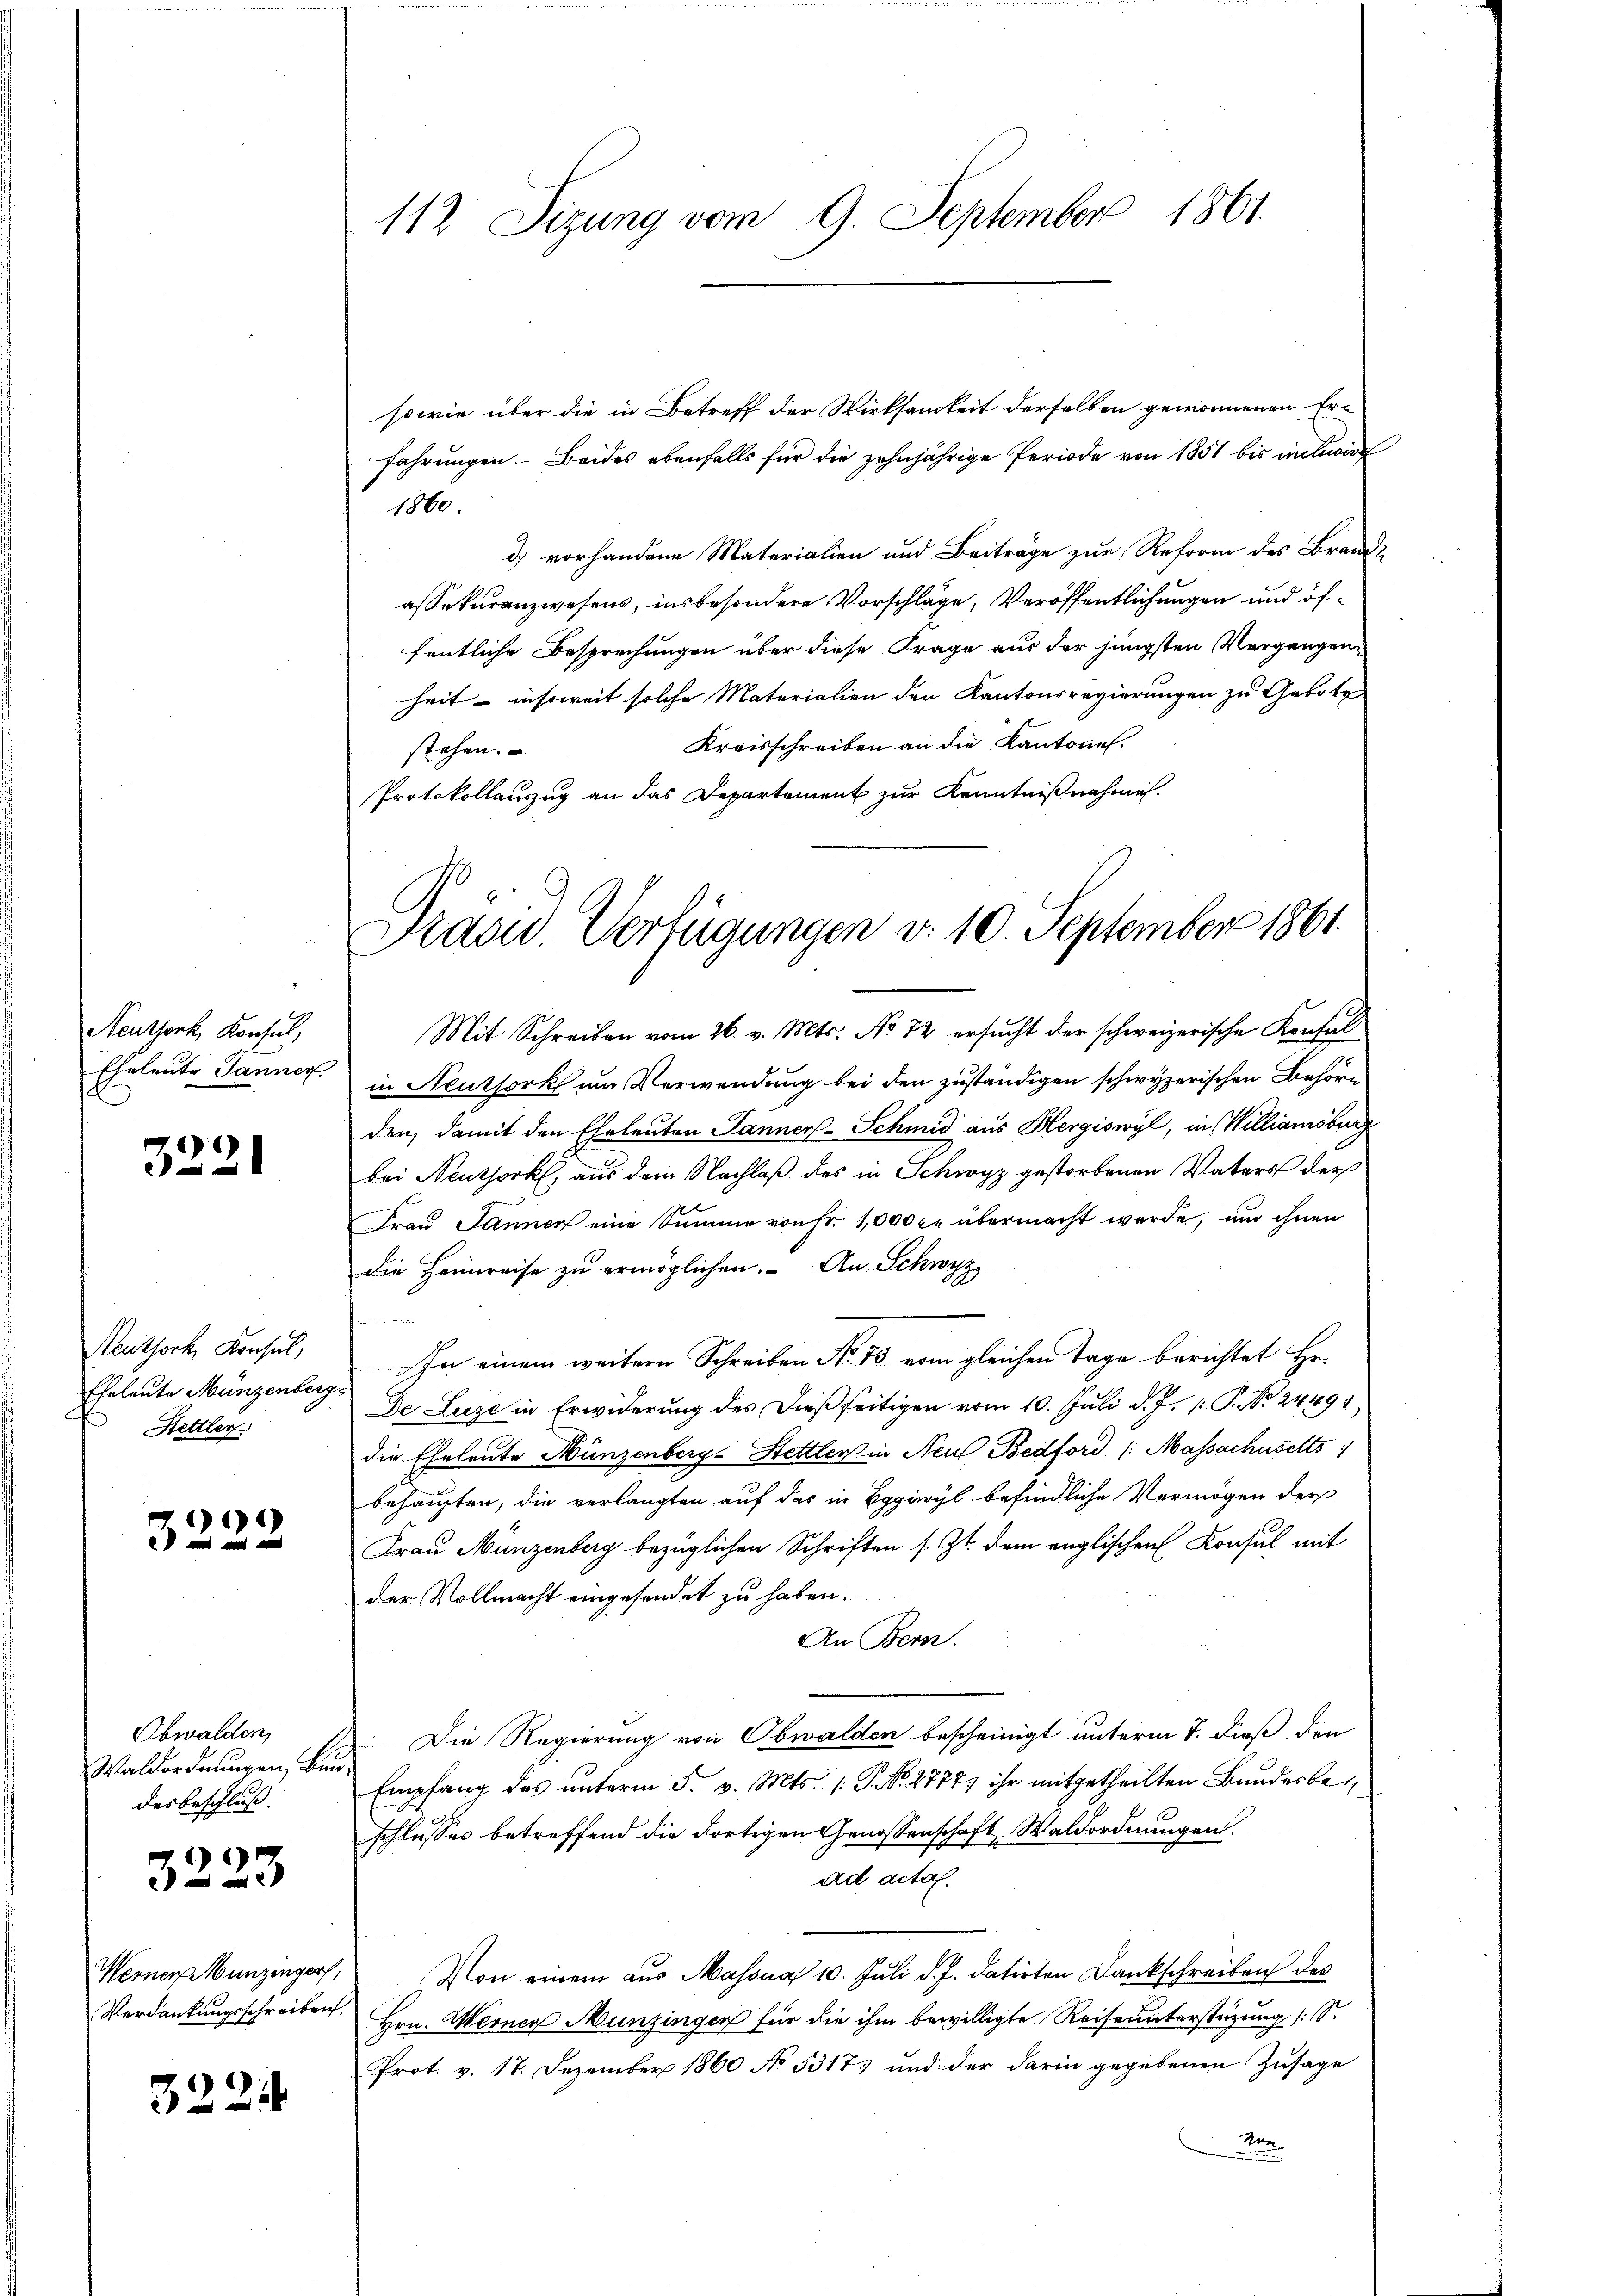
Neuthork, Konsul,
Eheleute Jänner

3221

Neuthork, Konsul,
Eheleute Münzenberg
Hettler

3222

Obwalden,
Waldordnungen, Bundas Beschluss. |

3223

sowie über die in Betreff der Wirksamkeit derselben gewonnenen Er-
fahrungen. Beides ebenfalls für die zehnjährige Periode von 1851 bis inchwir
1860.
d) vorhandene Materialien und Beiträge zur Reform des Brand
assekuranzwesens, insbesondere Vorschläge, Veröffentlichungen und öffentliche Besprechungen über diese Frage aus der jüngsten Vergangen
heit - insoweit solche Materialien den Kantonsregierungen zu Gebote
Kreisschreiben an die Kantone.
stehen.
Protokollauszug an das Departement zur Kenntnißnahmen.

Werner unzengers,
Verdankungsschreiben.

3221

112 Sizung vom 9. September 1861.

Präsid Verfügungen d. 10. September 1861.

Mit Schreiben vom 26. v. Mts. No 72 ersucht der schweizerische Konful
in Neuthork um Verwendung bei den zuständigen schwyzerischen Behöre
den, damit den Eheleuten Jänner-Schmid aus Hergiswyl, in Williamsburg
bei Neuthork, aus dem Nachlaß des in Schwyz gestorbenen Vaters der
Frau Jannen eine Summe von Fr. 1000 c. übermacht werde, um ihnen
die Heimreise zu ermöglichen. An Schwyz.
In einem weitern Schreiben No 73 vom gleichen Tage berichtet Hr.
De Luze in Erwiderung des dießseitigen vom 10. Juli d. J. 1: P. No 2449
die Eheleute Münzenberg-Hettler in Neus Bedford /: Massachusetts
behaupten, die verlangten auf das in Eggiwyl befindliche Vermögen der
Frau Münzenberg bezüglichen Schriften s. Zt. dem englischen Konsul mit
der Vollmacht eingesendet zu haben.
An Bern.
Die Regierung von Obwalden bescheinigt unterm 7. dieß, den
Empfang des unterm 5. v. Mts. (T. No. 2777) ihr mitgetheilten Bundesbeschlusses betreffend die dortigen Genossenschaft, Waldordnungen.
ad acta.
Von einem aus. Massna 10. Juli d. J. datirten Dankschreiben des
Hrn. Werner Munzingen für die ihm bewilligte Reiseunterstüzung (S.
Prot. v. 17. Dezember 1860 No 5317) und der darin gegebenen Zusage
M